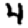
Digit: 4